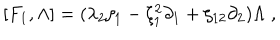
[ F _ { 1 } , \Lambda ] = ( \lambda _ { 2 } \zeta _ { 1 } - \zeta _ { 1 } ^ { 2 } \partial _ { 1 } + \zeta _ { 1 2 } \partial _ { 2 } ) \Lambda \; ,